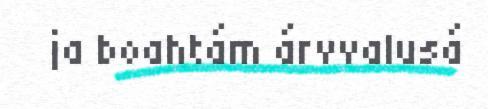
ja boahtám árvvalusá